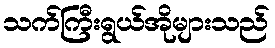
သက်ကြီးရွယ်အိုများသည်